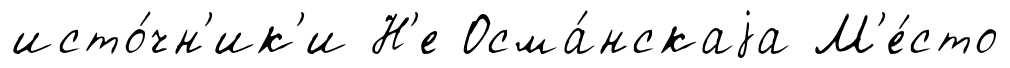
исто́чн'ик'и Н'е Осма́нскаjа М'е́сто